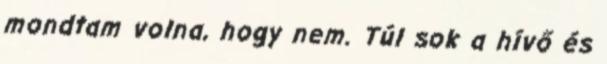
mondtam volna, hogy nem. Túl sok a hívő és